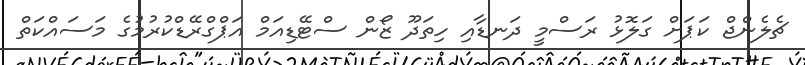
ޗެލެންޖް ކަޕަށް ގަލޮޅު ރަސްމީ ދަނޑާއި ހިތަދޫ ޒޯން ސްޓޭޑިއަމް އަޕްގްރޭޑްކުރުމުގެ މަސައްކަތް